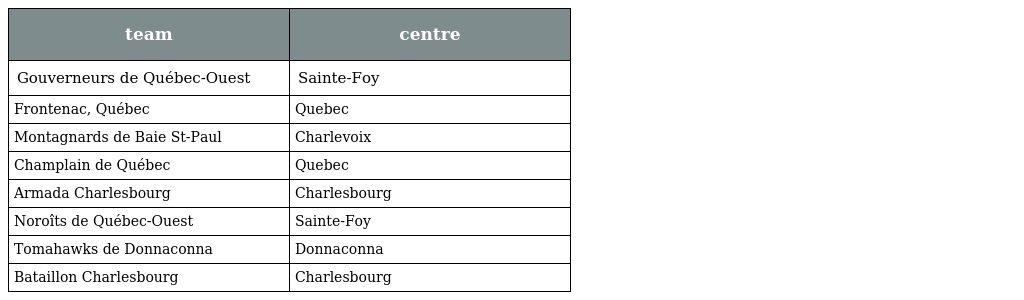
| team | centre |
 | --- | --- |
 | Gouverneurs de Québec-Ouest | Sainte-Foy |
 | Frontenac, Québec | Quebec |
 | Montagnards de Baie St-Paul | Charlevoix |
 | Champlain de Québec | Quebec |
 | Armada Charlesbourg | Charlesbourg |
 | Noroîts de Québec-Ouest | Sainte-Foy |
 | Tomahawks de Donnaconna | Donnaconna |
 | Bataillon Charlesbourg | Charlesbourg |